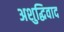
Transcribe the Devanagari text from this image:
अशुद्धिवाद